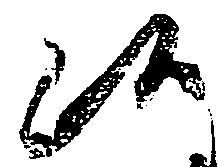
候